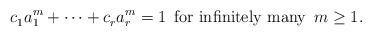
LaTeX: \begin{align*}c_1^{}a_1^m+\dots + c_r^{}a_r^m=1\enspace \textup{for infinitely many}\enspace m\ge1.\end{align*}